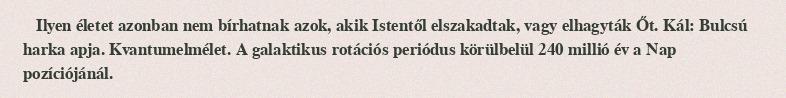
Ilyen életet azonban nem bírhatnak azok, akik Istentől elszakadtak, vagy elhagyták Őt. Kál: Bulcsú harka apja. Kvantumelmélet. A galaktikus rotációs periódus körülbelül 240 millió év a Nap pozíciójánál.